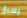
يسبق